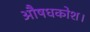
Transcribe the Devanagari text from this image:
औषधकोश।